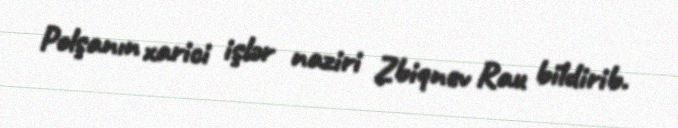
Polşanın xarici işlər naziri Zbiqnev Rau bildirib.